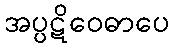
အပ္ပဋိဝေဓာပေ